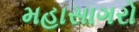
મહાસાગરો